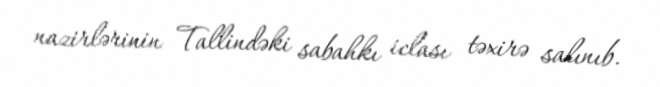
nazirlərinin Tallindəki sabahkı iclası təxirə salınıb.